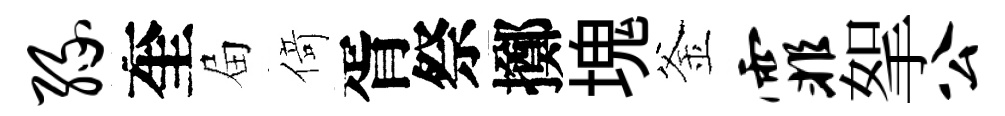
缘奎屇𠋣胥祭擲塊釜霏挐公